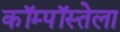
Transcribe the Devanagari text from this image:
कॉम्पॉस्तेला